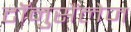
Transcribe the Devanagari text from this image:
टॉनुसैंलेज